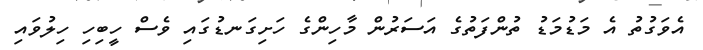
އެވަގުތު އެ މަޑުމަޑު ތުންފަތުގެ އަސަރުން މާހިންގެ ހަށިގަނޑުގައި ވެސް ހީބިހި ހިލުވައި